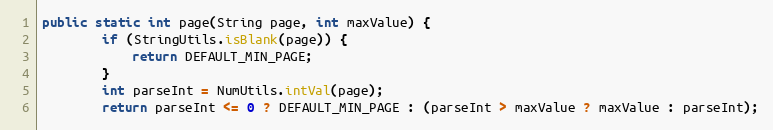
Language: Java
public static int page(String page, int maxValue) {
        if (StringUtils.isBlank(page)) {
            return DEFAULT_MIN_PAGE;
        }
        int parseInt = NumUtils.intVal(page);
        return parseInt <= 0 ? DEFAULT_MIN_PAGE : (parseInt > maxValue ? maxValue : parseInt);